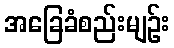
အခြေခံစည်းမျဉ်း